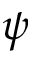
\psi